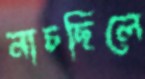
নাচছিলে